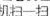
扫一扫